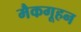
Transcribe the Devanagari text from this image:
मैकगूहन